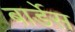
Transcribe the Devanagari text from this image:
बार्डेस